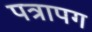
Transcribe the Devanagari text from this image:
पत्रापग